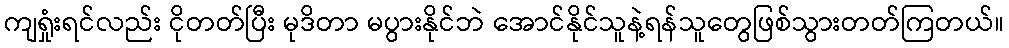
ကျရှုံးရင်လည်း ငိုတတ်ပြီး မုဒိတာ မပွားနိုင်ဘဲ အောင်နိုင်သူနဲ့ရန်သူတွေဖြစ်သွားတတ်ကြတယ်။